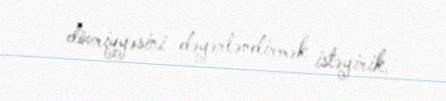
dövriyyəsini dəyərləndirmək istəyirik.